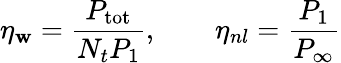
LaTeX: \eta_{\mathbf{w}}=\frac{{P_{\mathrm{{tot}}}}}{{N_{t}P_{1}}},\qquad\eta_{nl}=\frac{{P_{1}}}{{P_{\infty}}}